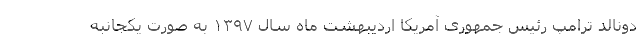
دونالد ترامپ رئیس جمهوری آمریکا اردیبهشت ماه سال ۱۳۹۷ به صورت یکجانبه